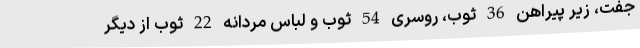
جفت، زیر پیراهن 36 ثوب، روسری 54 ثوب و لباس مردانه 22 ثوب از دیگر